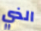
الذي